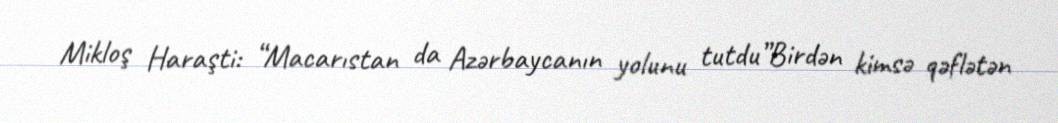
Mikloş Haraşti: “Macarıstan da Azərbaycanın yolunu tutdu”Birdən kimsə qəflətən